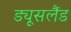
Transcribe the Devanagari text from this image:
ड्यूसलैंड